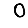
Digit: 0